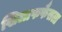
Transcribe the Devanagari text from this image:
खिलाफफैसला